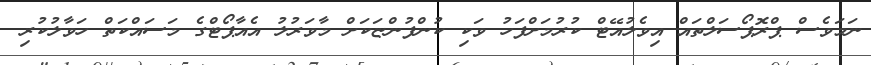
ނަަމަވެސް ޕްރޮޕޯސަލްތައް އިވެލުއޭޓް ކުރުމަށްފަހު ވަކި ކުންފުންޏަކަށް މާވަރުލު އެއާޕޯޓްގެ މަސައްކަތް ހަވާލުކުރި